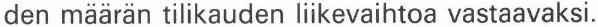
den määrän tilikauden liikevaihtoa vastaavaksi.